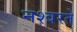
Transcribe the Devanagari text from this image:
नश्वरते